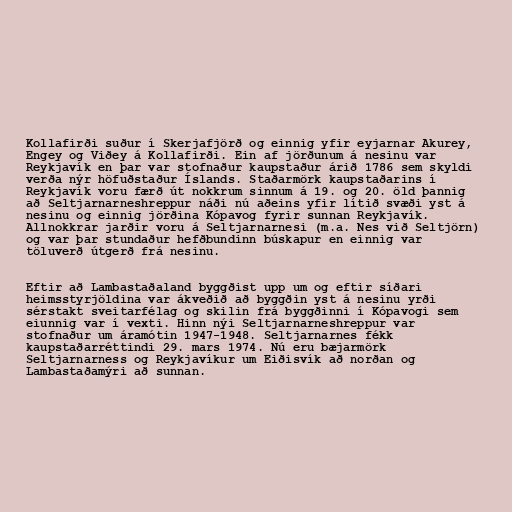
Kollafirði suður í Skerjafjörð og einnig yfir eyjarnar Akurey,
Engey og Viðey á Kollafirði. Ein af jörðunum á nesinu var
Reykjavík en þar var stofnaður kaupstaður árið 1786 sem skyldi
verða nýr höfuðstaður Íslands. Staðarmörk kaupstaðarins í
Reykjavík voru færð út nokkrum sinnum á 19. og 20. öld þannig
að Seltjarnarneshreppur náði nú aðeins yfir lítið svæði yst á
nesinu og einnig jörðina Kópavog fyrir sunnan Reykjavík.
Allnokkrar jarðir voru á Seltjarnarnesi (m.a. Nes við Seltjörn)
og var þar stundaður hefðbundinn búskapur en einnig var
töluverð útgerð frá nesinu.

Eftir að Lambastaðaland byggðist upp um og eftir síðari
heimsstyrjöldina var ákveðið að byggðin yst á nesinu yrði
sérstakt sveitarfélag og skilin frá byggðinni í Kópavogi sem
eiunnig var í vexti. Hinn nýi Seltjarnarneshreppur var
stofnaður um áramótin 1947-1948. Seltjarnarnes fékk
kaupstaðarréttindi 29. mars 1974. Nú eru bæjarmörk
Seltjarnarness og Reykjavíkur um Eiðisvík að norðan og
Lambastaðamýri að sunnan.